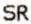
SR